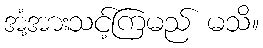
အံ့အားသင့်ကြမည် မသိ။